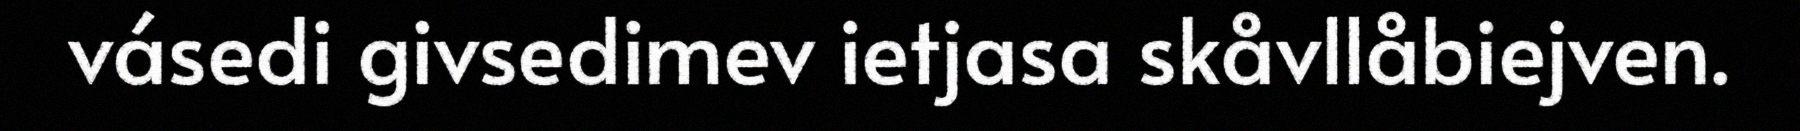
vásedi givsedimev ietjasa skåvllåbiejven.